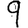
Digit: 9